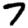
Digit: 7